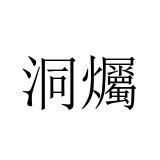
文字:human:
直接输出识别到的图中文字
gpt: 洞爥